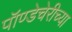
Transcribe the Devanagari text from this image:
पॉण्डेचेरीच्या